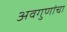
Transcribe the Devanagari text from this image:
अवगुणांचा